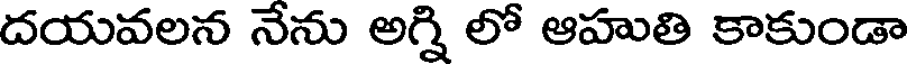
దయవలన నేను అగ్ని లో ఆహుతి కాకుండా